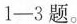
1-3题。